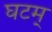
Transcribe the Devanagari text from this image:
घटम्